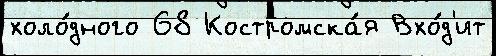
холо́дного 68 Костромска́я Вхо́д'ит